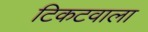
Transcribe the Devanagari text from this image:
टिकटवाला